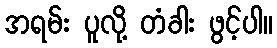
အရမ်း ပူလို့ တံခါး ဖွင့်ပါ။